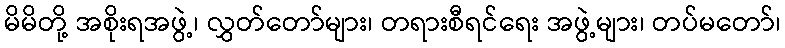
မိမိတို့ အစိုးရအဖွဲ့၊ လွှတ်တော်များ၊ တရားစီရင်ရေး အဖွဲ့များ၊ တပ်မတော်၊